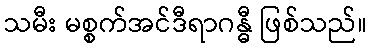
သမီး မစ္စက်အင်ဒီရာဂန္ဓီ ဖြစ်သည်။